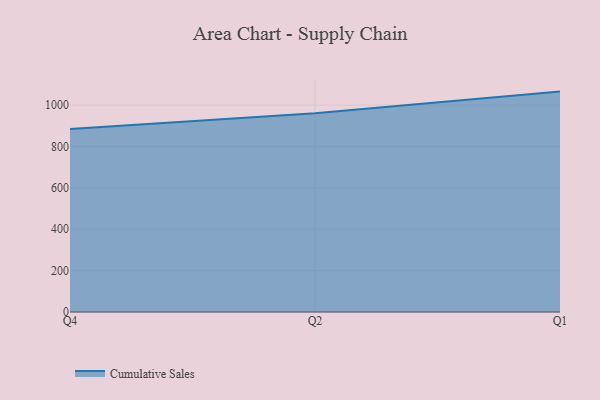
{"axis": {"x": "Quarter", "y": "Satisfaction Score"}, "legend": ["Cumulative Sales"], "data": [{"x": "Q4", "y": 884.6, "type": "Cumulative Sales"}, {"x": "Q2", "y": 960.4, "type": "Cumulative Sales"}, {"x": "Q1", "y": 1065.4, "type": "Cumulative Sales"}]}